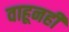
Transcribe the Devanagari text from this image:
वाहूनही